Civil Veterinary Dept. North-West Frontier Province 1901-22 - 1901-1922
Year: 1901
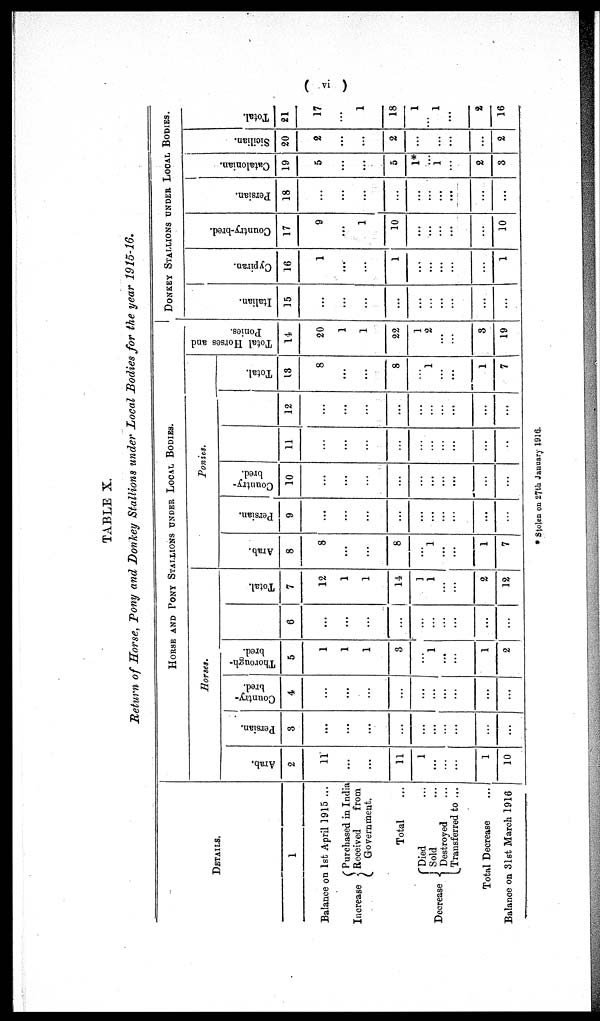
(vi)
TABLE X.
Return of Horse, Pony and Donkey Stallions under Local Bodies for the year 1915-16.
DETAILS.
1
Balance on 1st April 1915 ...
Increase
Purchased in India
Received
from
Government.
Total ...
Decrease
Died ...
Sold ...
Destroyed ...
Transferred to ...
Total Decrease ...
Balance on 31st March 1916
HORSE AND PONY STALLIONS UNDER LOCAL BODIES.
Horses.
Arab.
2
11
...
...
11
1
...
...
...
1
10
Persian.
3
...
...
...
...
...
...
...
...
...
...
Country¬
bred.
4
...
...
...
...
...
...
...
...
...
Thorough-
bred.
5
1
1
1
3
...
1
...
...
1
2
6
...
...
...
...
...
...
...
...
...
Total.
7
12
1
1
14
1
1
...
2
12
Ponies.
Arab.
8
8
...
...
8
...
1
...
1
7
Persian.
9
...
...
...
...
...
...
...
...
...
Country¬
bred.
10
...
...
...
...
...
...
...
...
...
11
...
...
...
...
...
...
...
...
...
...
12
...
...
...
...
...
...
...
...
...
...
Total.
13
8
...
...
8
...
1
...
...
1
7
Total Horses and
Ponies.
14
20
1
1
22
1
2
...
...
3
19
DONKEY STALLIONS UNDER LOCAL BODIES.
I t al i an.
15
...
...
...
...
...
...
...
...
...
...
Cypi r an.
16
1
...
...
1
...
...
...
...
...
1
Count r
y- br e d.
17
9
...
1
10
...
...
...
...
...
10
Per s i
an.
18
...
...
...
...
...
...
...
...
...
...
Cat al oni an.
19
5
...
...
5
1*
...
1
2
3
Si ci l i an.
20
2
...
...
2
...
...
...
...
...
2
Tot al .
21
17
...
1
18
1
...
1
...
2
16
* Stolen on 27th January 1916.